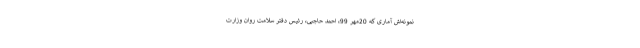
نمونه‌اش آماری که 20مهر 99، احمد حاجبی، رئیس دفتر سلامت روان وزارت